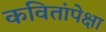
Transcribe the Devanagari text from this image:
कवितांपेक्षा